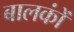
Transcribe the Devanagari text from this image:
बालकोंं